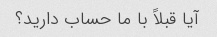
آیا قبلاً با ما حساب دارید؟